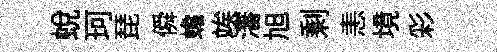
蛻珂琵僢蟾竢瀋旭剩恚境彩